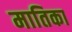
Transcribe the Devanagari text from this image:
मातिका